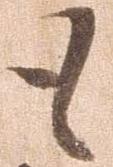
も